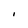
Character: I